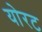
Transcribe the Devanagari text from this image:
योरट